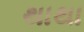
થાથા